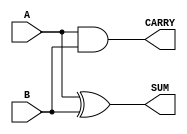
module half_adder (
    input wire A,    // First input bit
    input wire B,    // Second input bit
    output wire SUM, // Sum output (A XOR B)
    output wire CARRY // Carry output (A AND B)
);

    // Logic for SUM output using XOR operation
    assign SUM = A ^ B;

    // Logic for CARRY output using AND operation
    assign CARRY = A & B;

endmodule